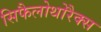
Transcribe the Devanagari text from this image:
सिफैलोथोरैक्स